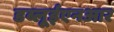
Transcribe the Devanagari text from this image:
डब्लूईएनआर